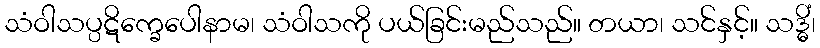
သံဝါသပ္ပဋိက္ခေပေါနာမ၊ သံဝါသကို ပယ်ခြင်းမည်သည်။ တယာ၊ သင်နှင့်။ သဒ္ဓိံ၊